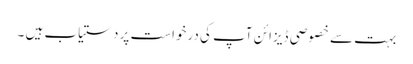
بہت سے خصوصی ڈیزائن آپ کی درخواست پر دستیاب ہیں ۔